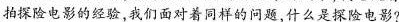
拍探险电影的经验，我们面对着同样的问题,什么是探险电影?